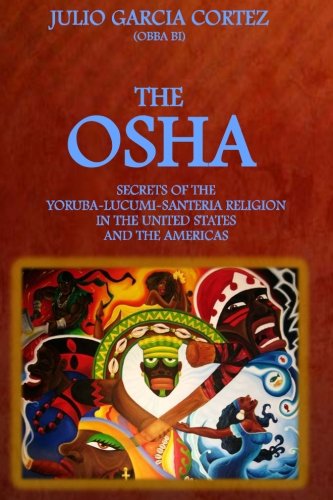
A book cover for The Osha:: Secrets of the Yoruba-Lucumi-Santeria Religion in the United States; Julio Garcia Cortez; Religion & Spirituality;